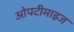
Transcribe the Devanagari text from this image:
ओपटीमाइज